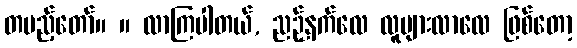
တပည့်တော်။ ။ လာကြပါတယ်, ညဉ့်နက်လေ လူများလာလေ ဖြစ်တော့